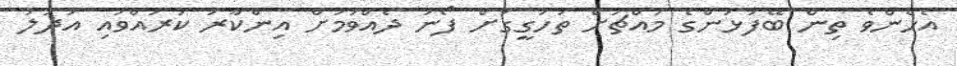
އެހެންވެ ތިން ބޭފުޅުންގެ މައްޗަށް ތަހުގީގަށް ފޯނު ދެއްވުމަށް އިންކާރު ކުރައްވައި އަދުލު